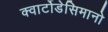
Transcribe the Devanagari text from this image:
क्वार्टोडेसिमानो